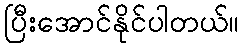
ပြီးအောင်နိုင်ပါတယ်။